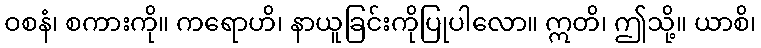
ဝစနံ၊ စကားကို။ ကရောဟိ၊ နာယူခြင်းကိုပြုပါလော။ ဣတိ၊ ဤသို့။ ယာစိ၊